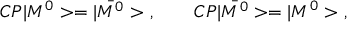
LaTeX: C P | M ^ { 0 } > = | \bar { M ^ { 0 } } > \ , \qquad C P | \bar { M ^ { 0 } } > = | M ^ { 0 } > \ ,